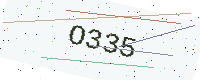
Text: O335